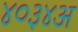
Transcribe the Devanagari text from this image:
४०३४अ